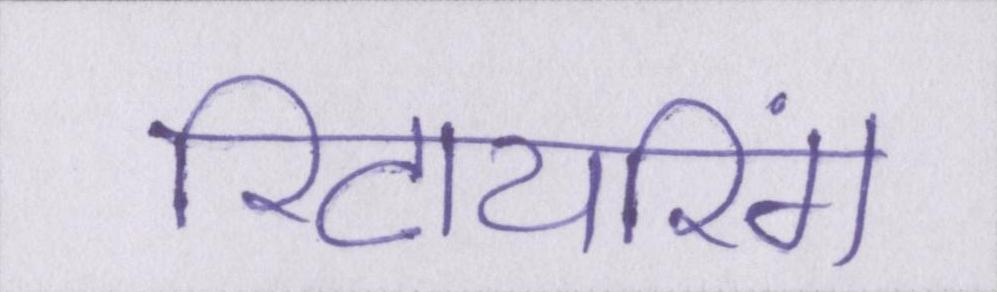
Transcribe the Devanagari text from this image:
रिटायरिंग